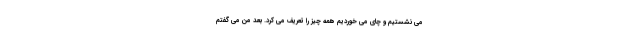
می نشستیم و چای می خوردیم همه چیز را تعریف می کرد. بعد من می گفتم